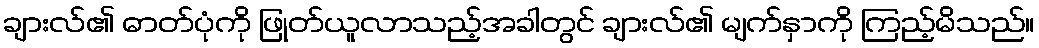
ချားလ်၏ ဓာတ်ပုံကို ဖြုတ်ယူလာသည့်အခါတွင် ချားလ်၏ မျက်နှာကို ကြည့်မိသည်။